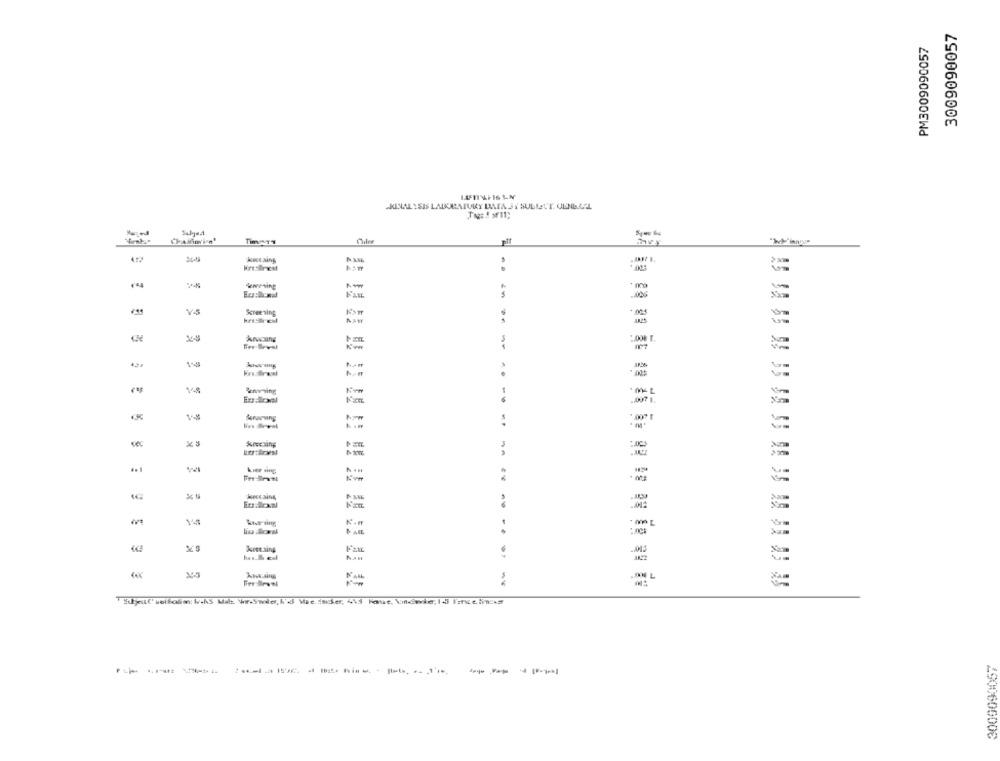
3009090057
PM3009090057
CRINAL YSIS LADURATURY DATA JY SULLETT. ULNILAL
..
WAPing
Fan
Screening
..
2.00%
₪27
..
K.
:nes
Kestaing
1122
.... ....
-------
--- ---------
490060600G